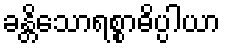
ခန္တိသောရစ္စာဓိပ္ပါယာ